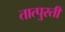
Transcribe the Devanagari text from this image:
तात्पुरतीं